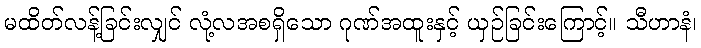
မထိတ်လန့်ခြင်းလျှင် လုံ့လအစရှိသော ဂုဏ်အထူးနှင့် ယှဉ်ခြင်းကြောင့်။ သီဟာနံ၊